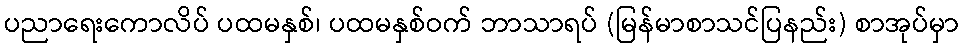
ပညာရေးကောလိပ် ပထမနှစ်၊ ပထမနှစ်ဝက် ဘာသာရပ် (မြန်မာစာသင်ပြနည်း) စာအုပ်မှာ